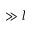
\gg l